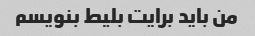
من باید برایت بلیط بنویسم